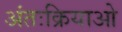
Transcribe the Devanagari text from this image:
अंतःक्रियाओ